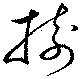
樹